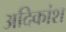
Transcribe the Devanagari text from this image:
अदिकांश